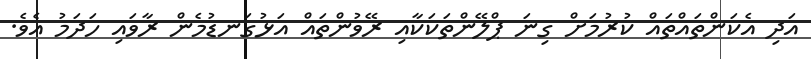
އަދި އެކަންތައްތައް ކުރުމަށް ގިނަ ޕްލޭންތަކަކާއި ރޭވުންތައް އަޅުގަނޑުމެން ރާވައި ހަދަމު އެވެ.